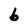
Character: b